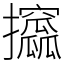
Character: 攨